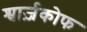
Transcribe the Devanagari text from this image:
श्वार्ज़कोफ